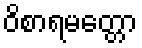
ဝိစာရမတ္တော